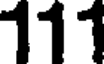
111